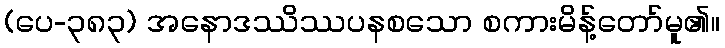
(ပေ-၃၈၃) အနောဒဿိဿပနစသော စကားမိန့်တော်မူ၏။